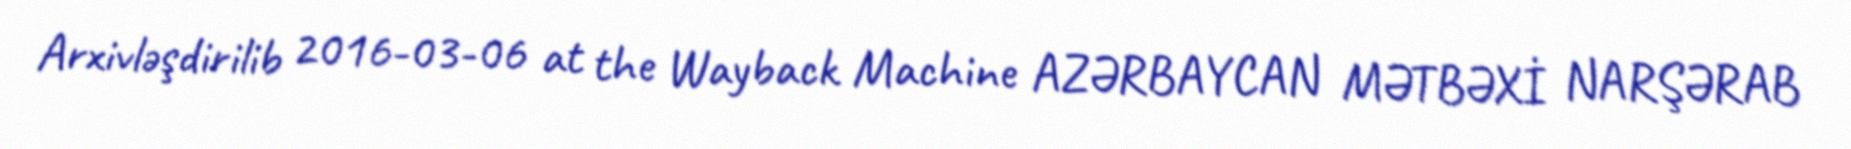
Arxivləşdirilib 2016-03-06 at the Wayback Machine AZƏRBAYCAN MƏTBƏXİ NARŞƏRAB